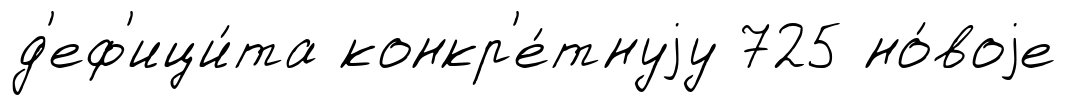
д'еф'ици́та конкр'е́тнуjу 725 но́воjе